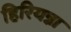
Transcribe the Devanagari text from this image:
हिरियन्ना